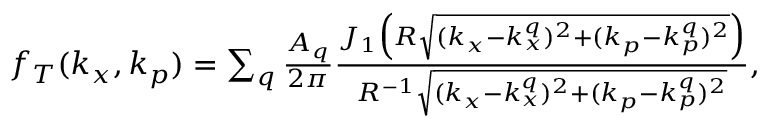
\begin{array} { r } { f _ { T } ( k _ { x } , k _ { p } ) = \sum _ { q } \frac { A _ { q } } { 2 \pi } \frac { J _ { 1 } \Big ( R \sqrt { ( k _ { x } - k _ { x } ^ { q } ) ^ { 2 } + ( k _ { p } - k _ { p } ^ { q } ) ^ { 2 } } \Big ) } { R ^ { - 1 } \sqrt { ( k _ { x } - k _ { x } ^ { q } ) ^ { 2 } + ( k _ { p } - k _ { p } ^ { q } ) ^ { 2 } } } , \ \ } \end{array}